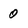
Character: 0